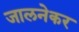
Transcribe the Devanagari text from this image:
जालनेकर